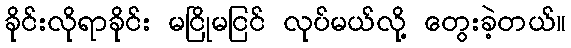
ခိုင်းလိုရာခိုင်း မငြိုမငြင် လုပ်မယ်လို့ တွေးခဲ့တယ်။